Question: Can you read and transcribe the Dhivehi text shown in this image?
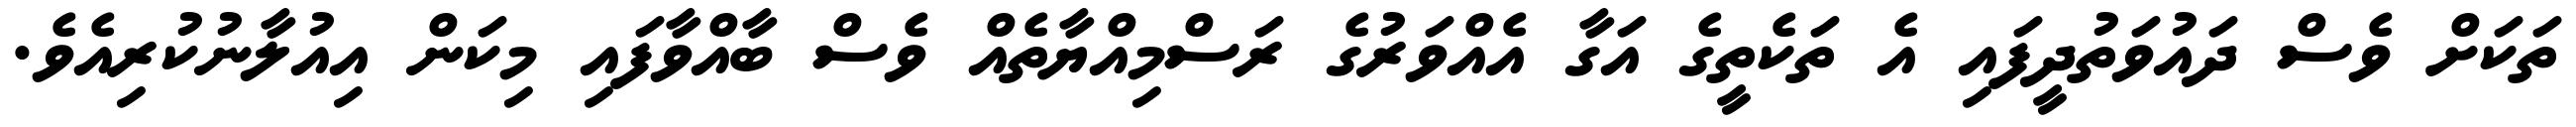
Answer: ތަކަށް ވެސް ދައުވަތުދީފައި އެ ތަކެތީގެ އަގާ އެއްވަރުގެ ރަސްމިއްޔާތެއް ވެސް ބާއްވާފައި މިކަން އިއުލާނުކުރިއެވެ.